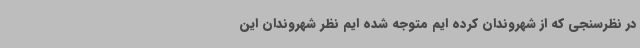
در نظرسنجی که از شهروندان کرده ایم متوجه شده ایم نظر شهروندان این